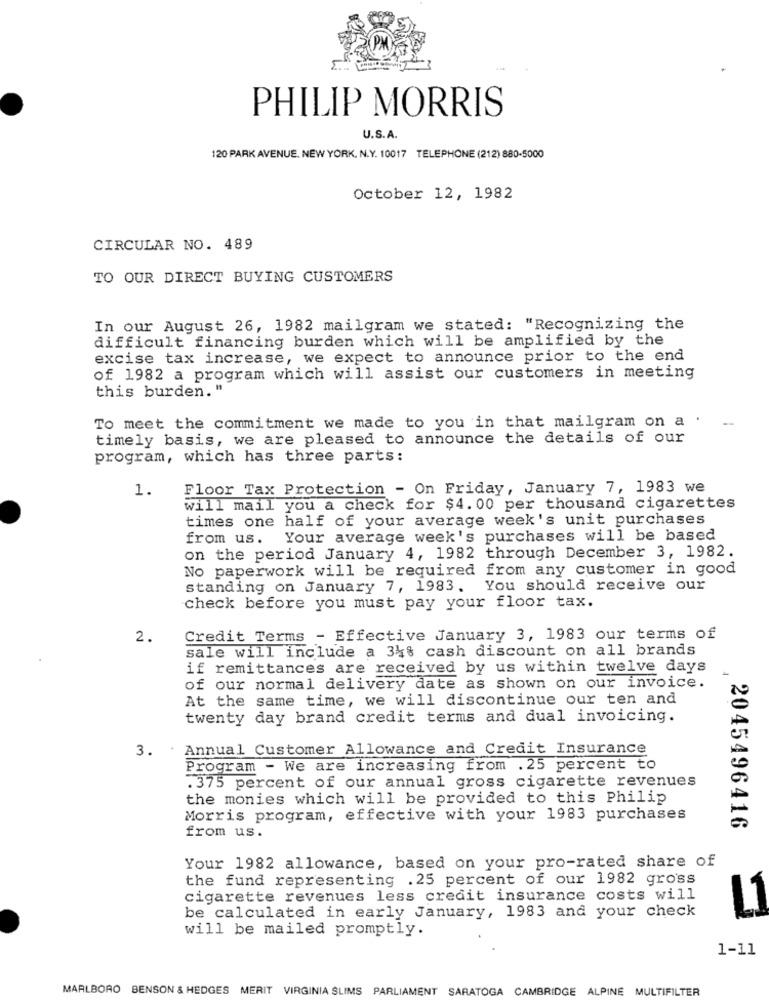
PHILIP MORRIS
U.S.A.
120 PARK AVENUE. NEW YORK. N.Y. 10017 TELEPHONE (212) 880-5000
October 12, 1982
CIRCULAR NO. 489
TO OUR DIRECT BUYING CUSTOMERS
In our August 26, 1982 mailgram we stated: "Recognizing the
difficult financing burden which will be amplified by the
excise tax increase, we expect to announce prior to the end
of 1982 a program which will assist our customers in meeting
this burden. "
To meet the commitment we made to you in that mailgram on a .
timely basis, we are pleased to announce the details of our
program, which has three parts:
1.
Floor Tax Protection - On Friday, January 7, 1983 we
will mail you a check for $4. 00 per thousand cigarettes
times one half of your average week's unit purchases
from us.
Your average week's purchases will be based
on the period January 4, 1982 through December 3, 1982.
No paperwork will be required from any customer in good
standing on January 7, 1983. You should receive our
check before you must pay your floor tax.
2.
Credit Terms - Effective January 3, 1983 our terms of
sale will include a 34% cash discount on all brands
if remittances are received by us within twelve days
of our normal delivery date as shown on our invoice.
At the same time, we will discontinue our ten and
twenty day brand credit terms and dual invoicing.
3.
. Annual Customer Allowance and Credit Insurance
Program - We are increasing from . 25 percent to
. 375 percent of our annual gross cigarette revenues
the monies which will be provided to this Philip
Morris program, effective with your 1983 purchases
2045496416
from us.
Your 1982 allowance, based on your pro-rated share of
the fund representing .25 percent of our 1982 gross
cigarette revenues less credit insurance costs will
be calculated in early January, 1983 and your check
L1
will be mailed promptly.
1-11
MARLBORO BENSON & HEDGES MERIT VIRGINIA SLIMS PARLIAMENT SARATOGA CAMBRIDGE ALPINE MULTIFILTER